system: You are a helpful assistant.
user:
Analyze the provided spectrum to determine if it is a **Carbon Star (C-type)**.

- **Key Visual Indicators of Carbon Star:**
    - **(Primary):** Strong molecular absorption from **C₂ (diatomic carbon) "Swan Bands."** This is the **defining feature** of a carbon star.
        - **(Key Bandheads):** Sharp absorption edges are visible at approximately $5635$ Å, $5165$ Å (the strongest band), and $4737$ Å.
        - **(Line Profile):** Creates a distinct **"saw-tooth"** pattern. The key morphology is a sharp, steep bandhead on the **red (long-wavelength) side**, which then gradually tapers off (i.e., flux recovers) towards the **blue (short-wavelength) side**. *(This is the direct opposite of the TiO bands seen in M-type stars)*.

    - **(Secondary):** Intense **CN (cyanogen)** molecular absorption bands.
        - **(Key Bandheads):** Located in the blue and violet regions of the spectrum (e.g., near $4215$ Å and $3883$ Å).
        - **(Morphology):** These bands are extremely broad and act as a "blanket," absorbing the vast majority of blue and violet light. This creates a characteristic **"cliff"** or **"steep drop-off"** in the spectrum's flux at short wavelengths.

    - **(Key Confirmation):** Strong **CH absorption band (G-band)**.
        - **(Key Bandhead):** Located around $4300$ Å. The contribution from CH molecules to this band is exceptionally strong.

    - **(Overall Spectrum):**
        - The continuum is severely "chopped up" by these deep molecular bands, especially C₂, rather than appearing as a smooth curve.
        - Due to the heavy CN and C₂ absorption in the blue-green, the vast majority of the star's flux is concentrated in the red part of the spectrum, giving the star its characteristic deep red color.

Think first, call **spectral_visualization_tool** if needed to examine features in detail, then provide your final answer. Your response must adhere to the following strict rules:
1.  **Overall Structure:** Your response must follow the format `<think>...</think> <tool_call>...</tool_call> (if a tool is used) <answer>...</answer>`.
2.  **Tool Usage Constraint:** You may only make **one** tool call per turn.
3.  **Final Answer Format:** In the `<answer>` tag, your conclusion must be inside a `\boxed{}` command (e.g., `\boxed{YES}`), followed by your justification.

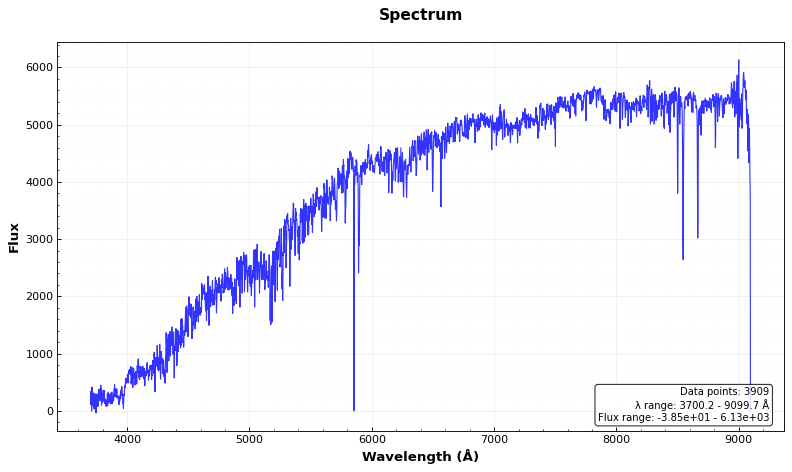
Answer: NO